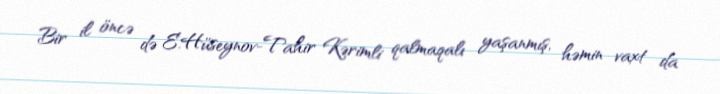
Bir il öncə də E.Hüseynov-Tahir Kərimli qalmaqalı yaşanmış, həmin vaxt da